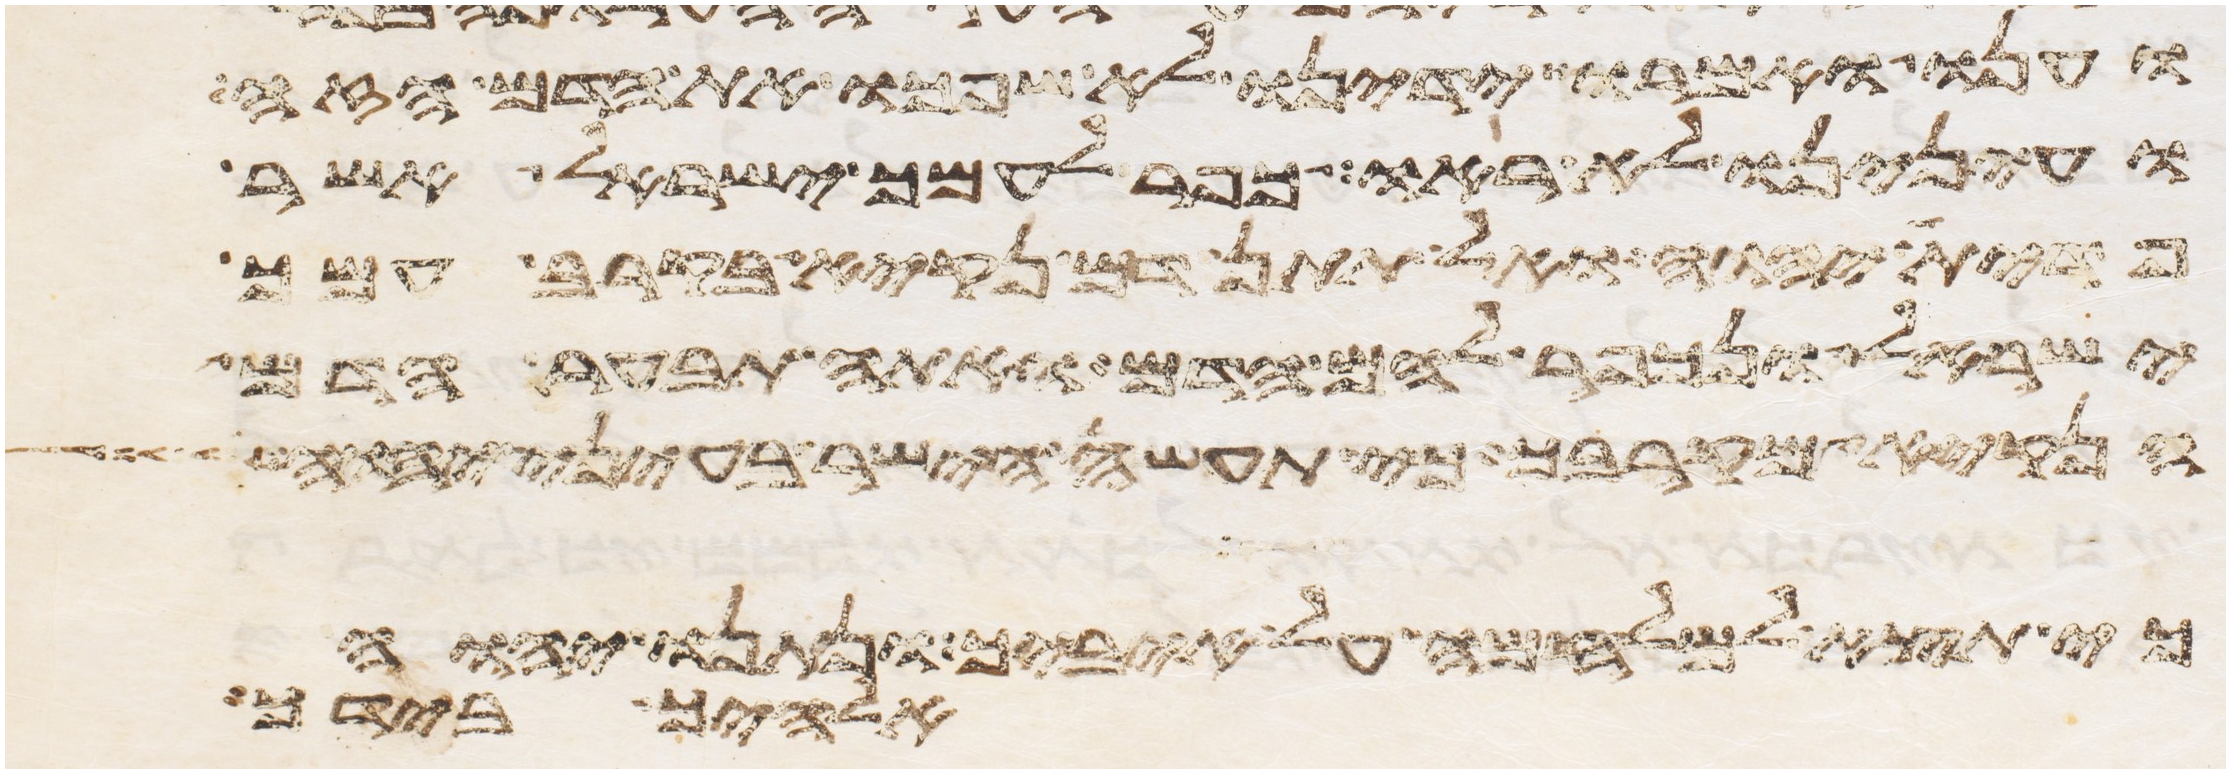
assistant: וענו ואמרו ידינו לא שפכו את הדם הזה
ועינינו לא ראו כפר לעמך ישראל אשר
פדית יהוה ואל תתן דם נקיא בקרב עמך
ישראל ונכפר להם הדם ואתה תבער הדם
הנקיא מקרבך כי תעשה הישר בעיני יהוה
כי תצא למלחמה על איביך ונתנו יהוה
אלהיך בידך